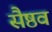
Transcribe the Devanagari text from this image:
सैष्ठव